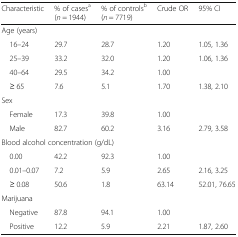
<table><thead><tr><td><b>Characteristic</b></td><td><b>% of cases<sup>a</sup>(<i>n</i> = 1944)</b></td><td><b>% of controls<sup>b</sup>(<i>n</i> = 7719)</b></td><td><b>Crude OR</b></td><td><b>95% CI</b></td></tr></thead><tbody><tr><td colspan="5">Age (years)</td></tr><tr><td> 16–24</td><td>29.7</td><td>28.7</td><td>1.20</td><td>1.05, 1.36</td></tr><tr><td> 25–39</td><td>33.2</td><td>32.0</td><td>1.20</td><td>1.06, 1.36</td></tr><tr><td> 40–64</td><td>29.5</td><td>34.2</td><td>1.00</td><td></td></tr><tr><td> ≥ 65</td><td>7.6</td><td>5.1</td><td>1.70</td><td>1.38, 2.10</td></tr><tr><td colspan="5">Sex</td></tr><tr><td> Female</td><td>17.3</td><td>39.8</td><td>1.00</td><td></td></tr><tr><td> Male</td><td>82.7</td><td>60.2</td><td>3.16</td><td>2.79, 3.58</td></tr><tr><td colspan="5">Blood alcohol concentration (g/dL)</td></tr><tr><td> 0.00</td><td>42.2</td><td>92.3</td><td>1.00</td><td></td></tr><tr><td> 0.01–0.07</td><td>7.2</td><td>5.9</td><td>2.65</td><td>2.16, 3.25</td></tr><tr><td> ≥ 0.08</td><td>50.6</td><td>1.8</td><td>63.14</td><td>52.01, 76.65</td></tr><tr><td colspan="5">Marijuana</td></tr><tr><td> Negative</td><td>87.8</td><td>94.1</td><td>1.00</td><td></td></tr><tr><td> Positive</td><td>12.2</td><td>5.9</td><td>2.21</td><td>1.87, 2.60</td></tr></tbody></table>